Report of the King Institute of Preventive Medicine, Guindy
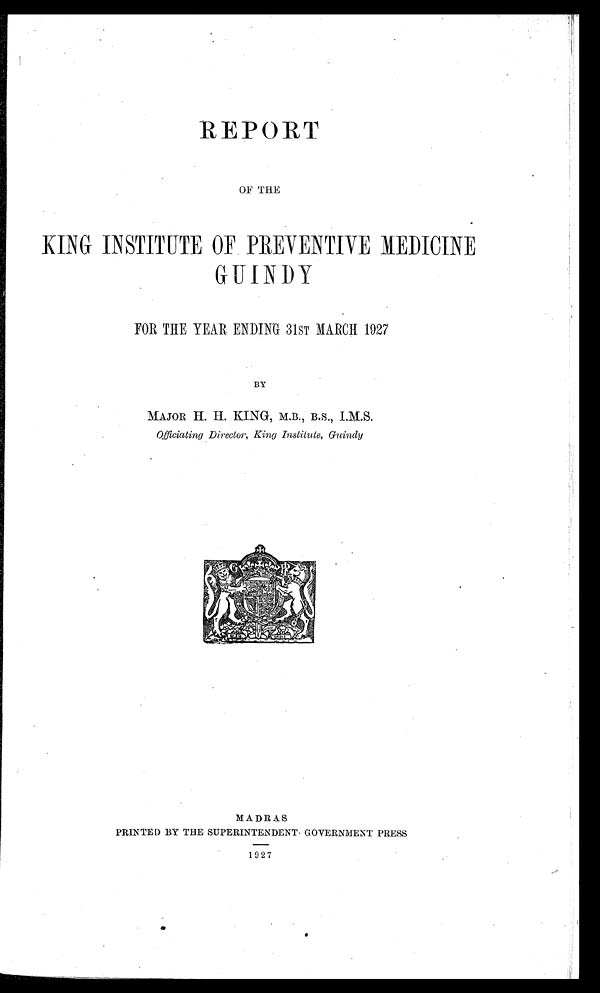
REPORT
OF THE
KING INSTITUTE OF PREVENTIVE MEDICINE
GUINDY
FOR THE YEAR. ENDING 31ST MARCH 1927
BY
MAJOR H. H. KING, M.B., B.S., I.M.S.
Officiating Director, King Institute, Guindy
MADRAS
PRINTED BY THE SUPERINTENDENT. GOVERNMENT PRESS
1927